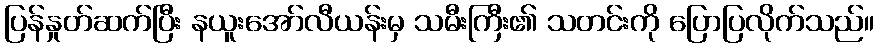
ပြန်နှုတ်ဆက်ပြီး နယူးအော်လီယန်းမှ သမီးကြီး၏ သတင်းကို ပြောပြလိုက်သည်။